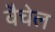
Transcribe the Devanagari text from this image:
वैचेल